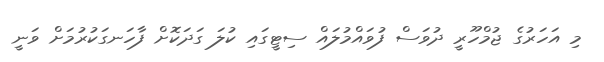
މި އަހަރުގެ ޖުމްހޫރީ ދުވަސް ފުވައްމުލައް ސިޓީގައި ކުލަ ގަދަކޮށް ފާހަނގަކުރުމަށް ވަނީ